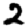
Digit: 2